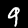
Label: 9